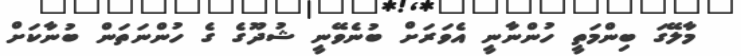
މާލޭގަ ބިންމަތީ ހުންނާނީ އެވަރަށް ބުނެވޭނީ ޝުދޫގެ ގެ ހުންނަތަން ބުނާކަށް